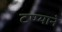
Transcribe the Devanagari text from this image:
टप्प्याने